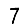
Digit: 7